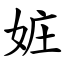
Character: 㛇